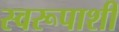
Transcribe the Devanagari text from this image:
स्वरूपाशी